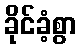
ခိုင်ခံ့စွာ